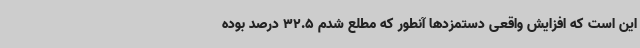
این است که افزایش واقعی دستمزدها آنطور که مطلع شدم 32.5 درصد بوده